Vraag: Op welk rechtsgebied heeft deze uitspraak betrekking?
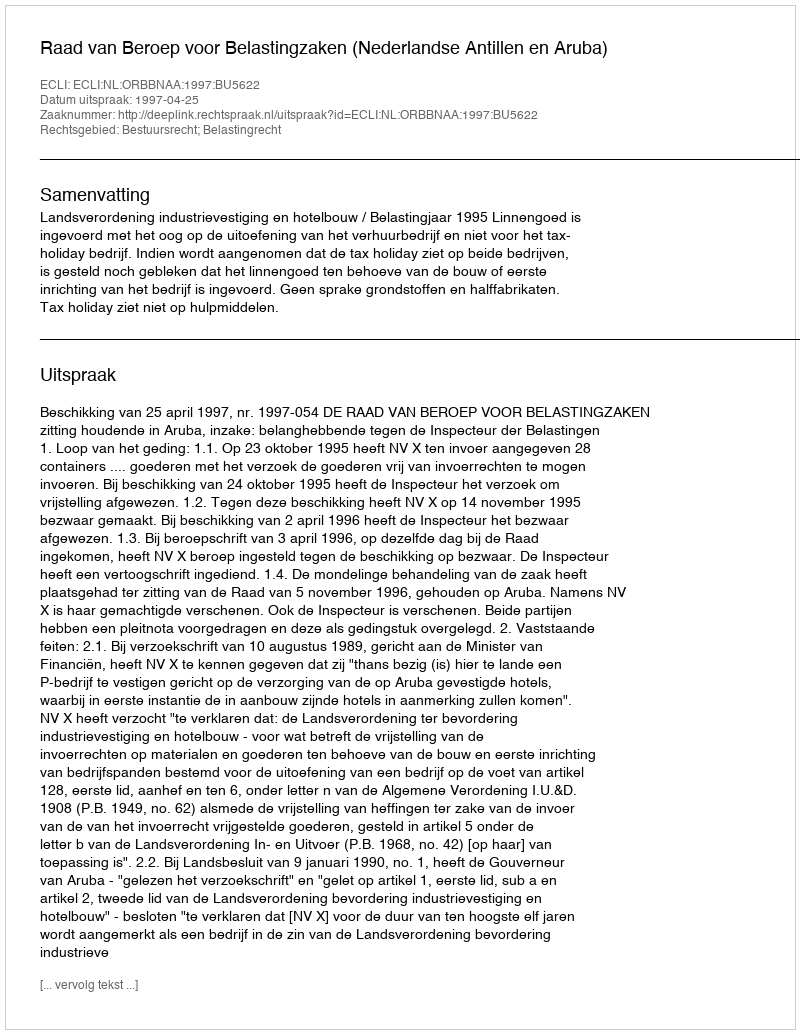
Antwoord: Bestuursrecht; Belastingrecht